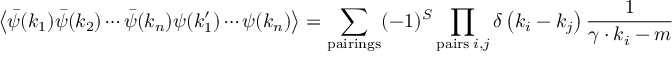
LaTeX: \mathbf { F } = m \mathbf { a } = m \mathbf { A } + m \mathbf { a } ^ { \prime } .